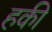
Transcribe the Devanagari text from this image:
हकी